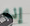
إنه